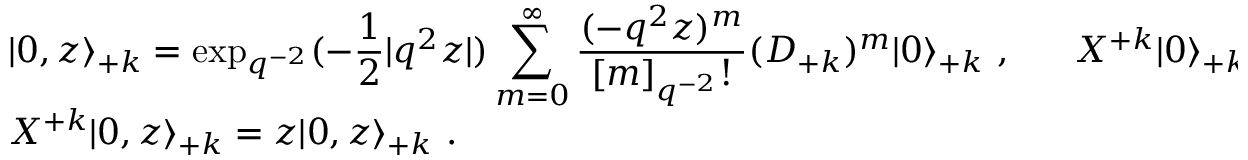
\begin{array} { l } { { \vert 0 , z \rangle _ { + k } = \displaystyle \exp _ { q ^ { - 2 } } ( - \frac { 1 } { 2 } | q ^ { 2 } z | ) \sum _ { m = 0 } ^ { \infty } \frac { ( - q ^ { 2 } z ) ^ { m } } { [ m ] _ { q ^ { - 2 } } ! } ( { \cal D } _ { + k } ) ^ { m } \vert 0 \rangle _ { + k } ~ , ~ ~ ~ ~ ~ { \cal X } ^ { + k } \vert 0 \rangle _ { + k } = 0 ~ , } } \\ { { { \cal X } ^ { + k } \vert 0 , z \rangle _ { + k } = z \vert 0 , z \rangle _ { + k } ~ . } } \end{array}